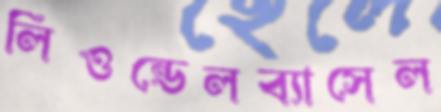
লিওন্ডেলব্যাসেল